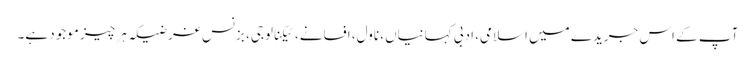
آپ کے اس جریدے میں اسلامی، ادبی کہانیاں، ناول، افسانے، ٹیکنالوجی، بزنس غرضیکہ ہر چیز موجود ہے۔